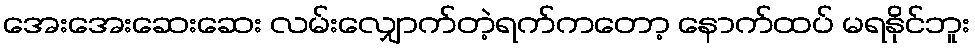
အေးအေးဆေးဆေး လမ်းလျှောက်တဲ့ရက်ကတော့ နောက်ထပ် မရနိုင်ဘူး